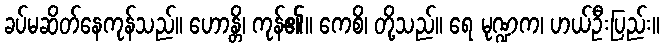
ခပ်မဆိတ်နေကုန်သည်။ ဟောန္တိ၊ ကုန်၏။ ကေစိ၊ တို့သည်။ ရေ မုဏ္ဍက၊ ဟယ်ဦးပြည်း။